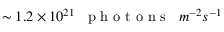
\sim 1 . 2 \times 1 0 ^ { 2 1 } \phantom { x } \textrm { p h o t o n s } \phantom { x } m ^ { - 2 } s ^ { - 1 }